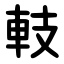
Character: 䡋